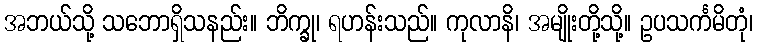
အဘယ်သို့ သဘောရှိသနည်း။ ဘိက္ခု၊ ရဟန်းသည်။ ကုလာနိ၊ အမျိုးတို့သို့။ ဥပသင်္ကမိတုံ၊